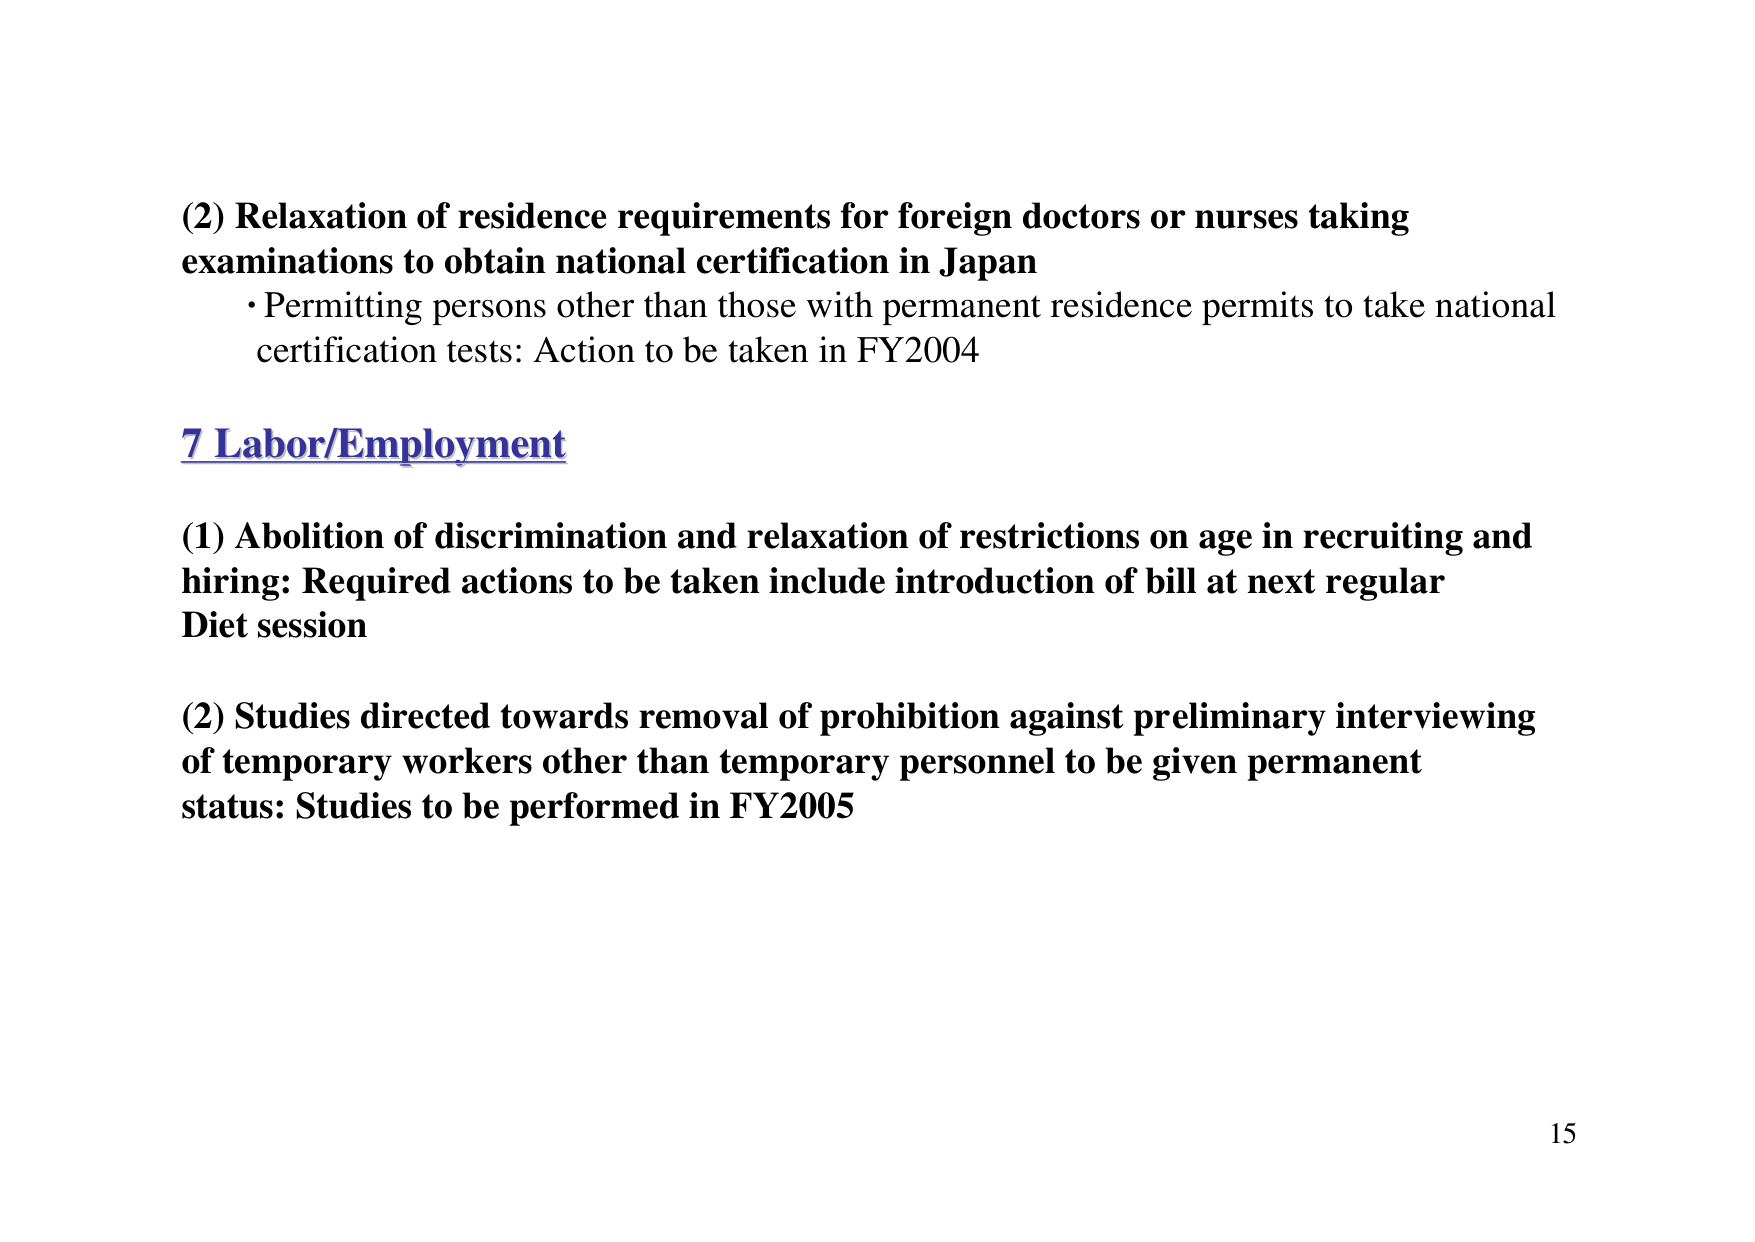
(2) Relaxation of residence requirements for foreign doctors or nurses taking examinations to obtain national certification in Japan
• Permitting persons other than those with permanent residence permits to take national certification tests: Action to be taken in FY2004

7 Labor/Employment

(1) Abolition of discrimination and relaxation of restrictions on age in recruiting and hiring: Required actions to be taken include introduction of bill at next regular Diet session

(2) Studies directed towards removal of prohibition against preliminary interviewing of temporary workers other than temporary personnel to be given permanent status: Studies to be performed in FY2005

15